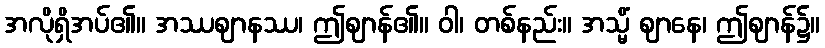
အလိုရှိအပ်၏။ အဿဈာနဿ၊ ဤဈာန်၏။ ဝါ၊ တစ်နည်း။ အသ္မိံ ဈာနေ၊ ဤဈာန်၌။